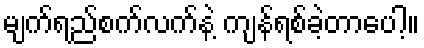
မျက်ရည်စက်လက်နဲ့ ကျန်ရစ်ခဲ့တာပေါ့။